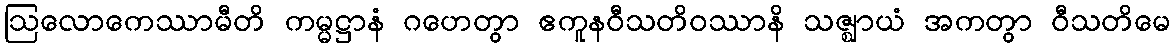
ဩလောကေဿာမီတိ ကမ္မဋ္ဌာနံ ဂဟေတွာ ဧကူနဝီသတိဝဿာနိ သဇ္ဈာယံ အကတွာ ဝီသတိမေ